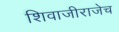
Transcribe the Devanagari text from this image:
शिवाजीराजेच